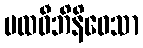
ပထဝီဘိနိဝေသာ